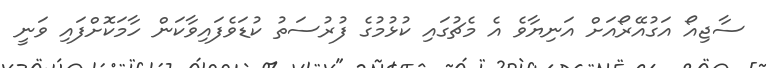
ސާޖިއޯ އަގުއޭރޯއަށް އަނިޔާވެ އެ މެޗުގައި ކުޅުމުގެ ފުރުސަތު ކުޑަވެފައިވާކަން ހާމަކޮށްފައި ވަނީ